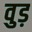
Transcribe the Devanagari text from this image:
वुड़